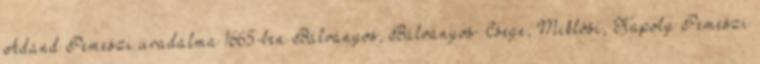
Ádánd Pemeszi uradalma 1665-ben Bálványos, Bálványos Csege, Miklósi, Kapoly Pemeszi